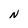
Character: N